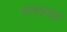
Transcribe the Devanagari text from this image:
गनरनर